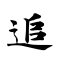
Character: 追